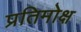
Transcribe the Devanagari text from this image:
प्रतिमोक्ष